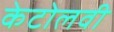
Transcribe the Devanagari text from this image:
केटोलवी